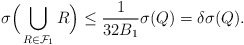
\begin{align*}\sigma\Big( \bigcup_{R \in \mathcal{F}_1} R \Big) \le \frac{1}{32B_1} \sigma(Q) = \delta\sigma(Q).\end{align*}